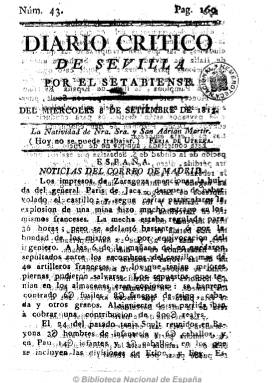
Título: Diario crítico de Sevilla
Colección: Periódicos anteriores a 1850
Ámbito geográfico: Sevilla
Lugar de publicación: Sevilla
Fechas: 08/09/1813-09/09/1813

Diario editado por el Setabiense, seudónimo de Nicolás Pérez Jiménez, el polémico escritor nacido en Xátiva, que llega a Sevilla en 1813 y que terminará fundando otros periódicos y su propia imprenta en esta ciudad durante esta época. Este diario aparece el dos de agosto de 1813, estampado en la imprenta del Padrino, en números de cuatro páginas. Incluye especialmente noticias de España y del extranjero sobre los acontecimientos bélicos y políticos relativos a la invasión napoleónica, que redacta en forma de crónica tras tomar como fuentes los periódicos, cartas y otros papeles que recibe. Incluye también partes oficiales, y algunas noticias locales bajo el epígrafe “Calle Génova”, una sección que hace referencia a la calle entre el ayuntamiento y la catedral hispalense, verdadero mentidero local, pues en ella se encontraban situadas el mayor número de librerías e imprentas habidas entonces en la ciudad, una veintena entre estas. A partir de su número 47 cambia a: Diario crítico general de Sevilla. Véase este título en esta misma hemeroteca digital de la Biblioteca Nacional de España.